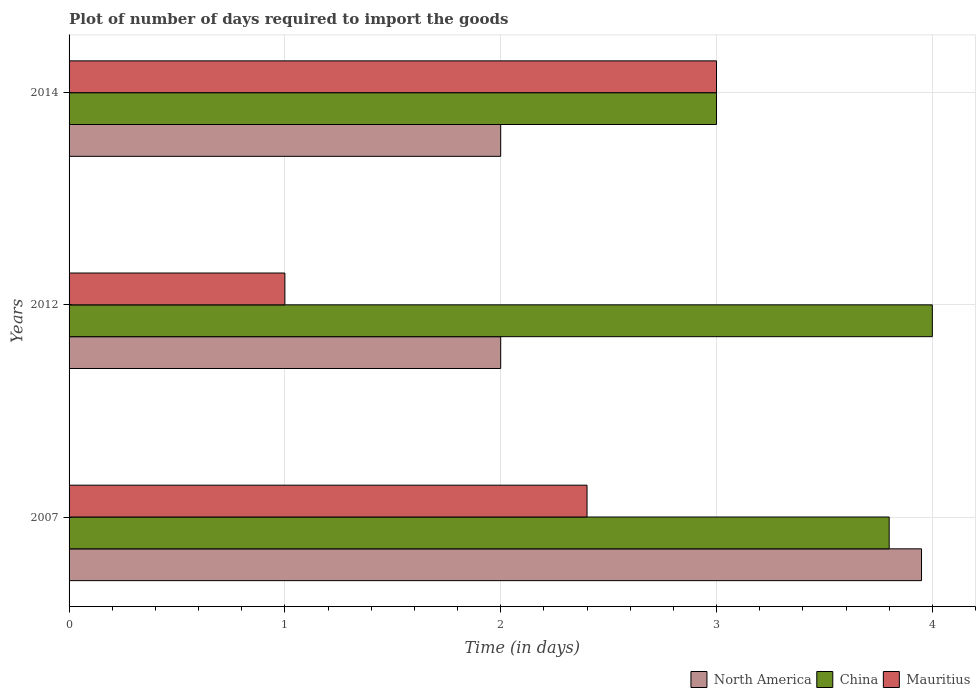
| Years | North America | China | Mauritius |
 | --- | --- | --- | --- |
 | 2007 | 3.95 | 3.8 | 2.4 |
 | 2012 | 2 | 4 | 1 |
 | 2014 | 2 | 3 | 3 |